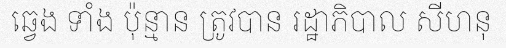
ឆ្វេង ទាំង ប៉ុន្មាន ត្រូវបាន រដ្ឋាភិបាល សីហនុ